Annual administration report of the Civil Veterinary Department of India - 1895-1896
Year: 1895
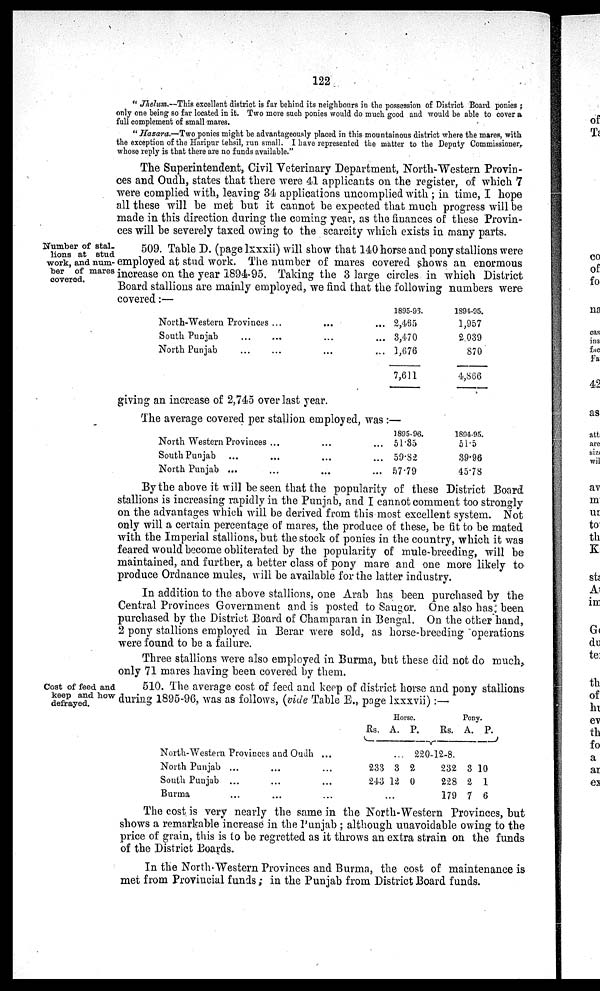
122
" Jhelum.—This excellent district is far behind its neighbours in the possession of District Board ponies;
only one being so far located in it. Two more such ponies would do much good and would be able to cover a
full complement of small mares.
" Hazara.—Two ponies might be advantageously placed in this mountainous district where the mares, with
the exception of the Haripur tehsil, run small. I have represented the matter to the Deputy Commissioner,
whose reply is that there are no funds available."
The Superintendent, Civil Veterinary Department, North-Western Provin-
ces and Oudh, states that there were 41 applicants on the register, of which 7
were complied with, leaving 34 applications uncomplied with; in time, I hope
all these will be met but it cannot be expected that much progress will be
made in this direction during the coming year, as the finances of these Provin-
ces will be severely taxed owing to the scarcity which exists in many parts.
Number of stal-
lions at stud
work, and num-
ber of mares
covered.
509. Table D. (page lxxxii) will show that 140 horse and pony stallions were
employed at stud work. The number of mares covered shows an enormous
increase on the year 1894-95. Taking the 3 large circles in which District
Board stallions are mainly employed, we find that the following numbers were
covered:—
North-Western Provinces
...
South Punjab... ...
North Punjab
...
...
...
...
...
1895-96.
... 2,465
... 3,470
... 1,676
7,611
1894-95.
1,957
2,039
870
4,866
giving an increase of 2,745 over last year.
The average covered per stallion employed, was :—
North Western Provinces ...
South Punjab
...
North Punjab ...
...
...
...
...
...
...
1895-96.
51.35
59.82
57.79
1894-95.
51.5
39.96
45.78
By the above it will be seen that the popularity of these District Board
stallions is increasing rapidly in the Punjab, and I cannot comment too strongly
on the advantages which will be derived from this most excellent system. Not
only will a certain percentage of mares, the produce of these, be fit to be mated
with the Imperial stallions, but the stock of ponies in the country, which it was
feared would become obliterated by the popularity of mule-breeding, will be
maintained, and further, a better class of pony mare and one more likely to
produce Ordnance mules, will be available for the latter industry.
In addition to the above stallions, one Arab has been purchased by the
Central Provinces Government and is posted to Saugor. One also has been
purchased by the District Board of Champaran in Bengal. On the other hand,
2 pony stallions employed in Berar were sold, as horse-breeding operations
were found to be a failure.
Three stallions were also employed in Burma, but these did not do much,
only 71 mares having been covered by them.
Cost of feed and
keep and how
defrayed.
510. The average cost of feed and keep of district horse and pony stallions
during 1895-96, was as follows, (vide Table E., page lxxxvii):—
North-Western Provines and Oudh...
North Punjab ...
...
...
South Punjab ...
...
...
Burma
...
...
...
Horse.
Rs.
233
243
A.
...
3
12
...
P.
Pony.
Rs.
220-12-8
2
0
232
228
179
A.
3
2
7
P.
10
1
6
The cost is very nearly the same in the North-Western Provinces, but
shows a remarkable increase in the Punjab; although unavoidable owing to the
price of grain, this is to be regretted as it throws an extra strain on the funds
of the District Boards.
In the North Western Provinces and Burma, the cost of maintenance is
met from Provincial funds; in the Punjab from District Board funds.